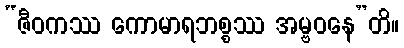
“ဇီဝကဿ ကောမာရဘစ္စဿ အမ္ဗဝနေ”တိ။